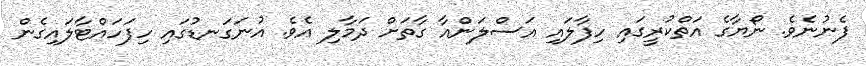
ފެނުނެވެ. ނޯޔާގެ އަތްކުރީގައި ހިފާލައި އަސްލަންއާ ގާތަށް ދަމާލި އެވެ. އުނަގަނޑުގައި ހިފަހައްޓާލައިގެން